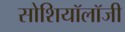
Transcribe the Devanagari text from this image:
सोशियॉलॉजी